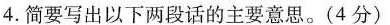
4.简要写出以下两段话的主要意思。(4分)